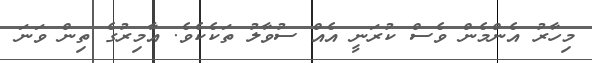
މިހާރު އެންމެން ވެސް ކުރަނީ އެއް ސުވާލު ތަކެކެވެ. އާމިރުގެ ތިން ވަނަ